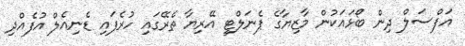
އަފްސަލް ދިން ބޯޅައަކުން މާޒިޔާގެ ޕެނަލްޓީ އޭރިޔާ ތެރޭގައި ހުރެފައި ޑެނިއެލް އުފެއްދި